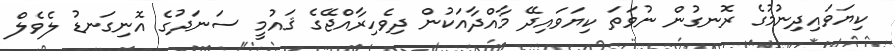
ކިޔަވައިދިނުމުގެ ރޮނގުން ނުވަތަ ކިޔަވައިދޭ މާއްދާއަކުން ދިވެހިރާއްޖޭގެ ޤައުމީ ސަނަދުގެ އޮނިގަނޑު ލެވެލް